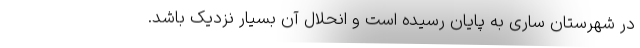
در شهرستان ساری به پایان رسیده است و انحلال آن بسیار نزدیک باشد.